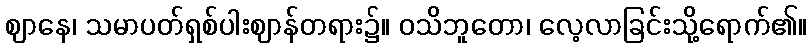
ဈာနေ၊ သမာပတ်ရှစ်ပါးဈာန်တရား၌။ ဝသိဘူတော၊ လေ့လာခြင်းသို့ရောက်၏။